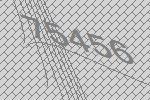
75456